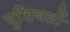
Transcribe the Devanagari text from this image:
मुशिबतों